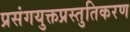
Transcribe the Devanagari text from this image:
प्रसंगयुक्तप्रस्तुतिकरण